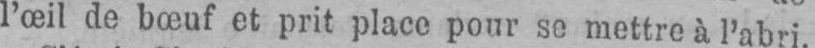
l’œil de bœuf et prit place pour so mettre à l’abri